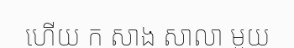
ហើយ ក សាង សាលា មួយ